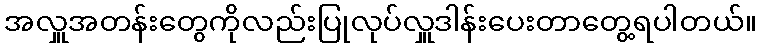
အလှူအတန်းတွေကိုလည်းပြုလုပ်လှူဒါန်းပေးတာတွေ့ရပါတယ်။